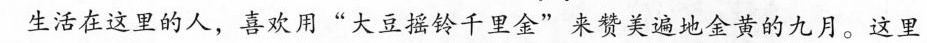
生活在这里的人，喜欢用”大豆摇铃千里金”来赞美遍地金黄的九月。这里